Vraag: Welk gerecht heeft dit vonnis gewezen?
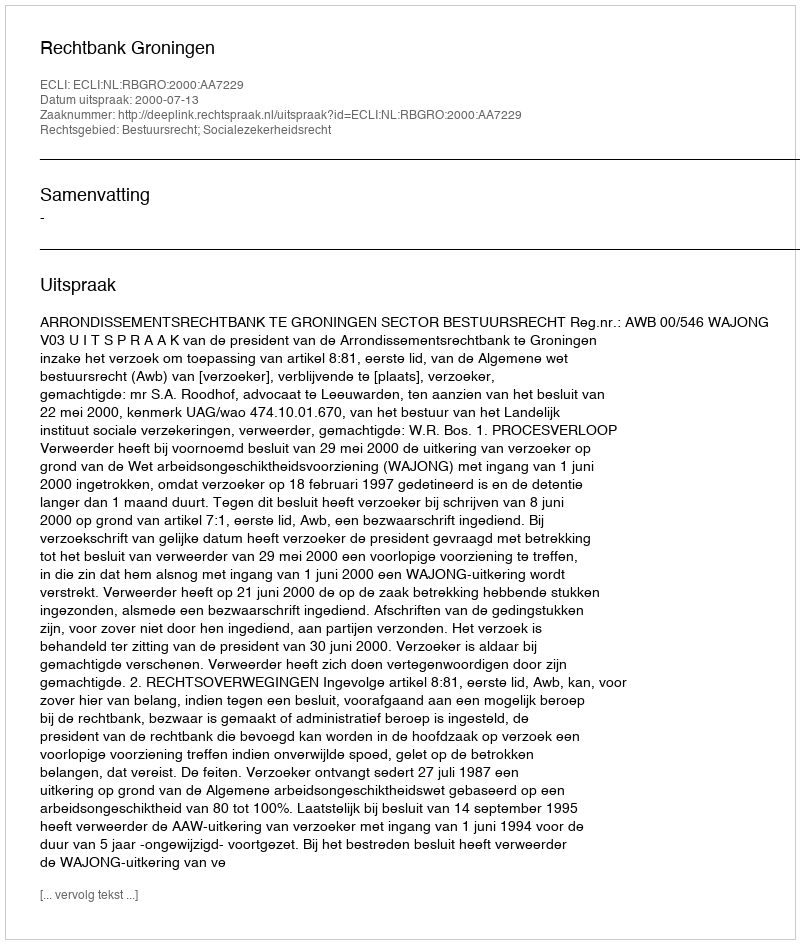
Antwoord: Rechtbank Groningen